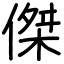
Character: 傑